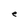
Character: e